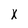
Character: X